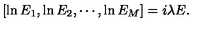
[ \ln E _ { 1 } , \ln E _ { 2 } , \cdots , \ln E _ { M } ] = i \lambda E .